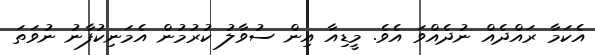
އެކަމާ ރައްދެއް ނުދެއްވަ އެވެ. މީޑިއާ އިން ސުވާލު ކުރުމުން އެމަނިކުފާނު ނުވަތަ